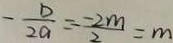
- \frac { D } { 2 a } = - \frac { - 2 m } { 2 } = m